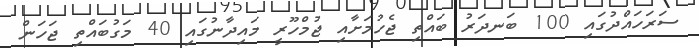
ސަރަހައްދުގައި 100 ބަނދަރު ބައްތި ޖެހުމަށާއި ޖުމްހޫރީ މައިދާނުގައި 40 މަގުބައްތި ޖަހަން